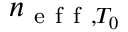
n _ { \mathrm { ~ e ~ f ~ f ~ } , T _ { 0 } }